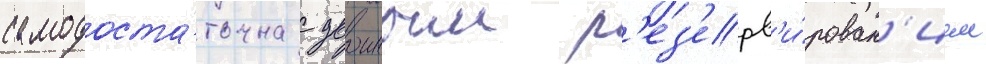
самодоста́точна с двоиным р'ез'ерв'и́рован'ием